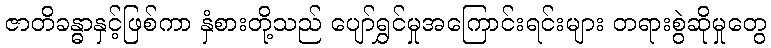
ဇာတိခန္ဓာနှင့်ဖြစ်ကာ နှံစားတို့သည် ပျော်ရွှင်မှုအကြောင်းရင်းများ တရားစွဲဆိုမှုတွေ